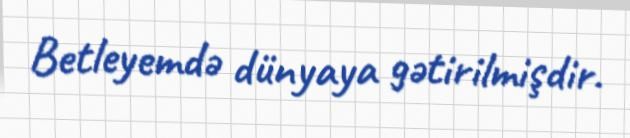
Betleyemdə dünyaya gətirilmişdir.